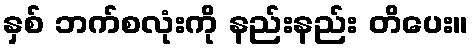
နှစ် ဘက်စလုံးကို နည်းနည်း တိပေး။